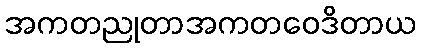
အကတညုတာအကတဝေဒိတာယ